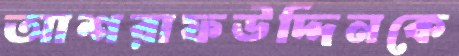
আশরাফউদ্দিনকে